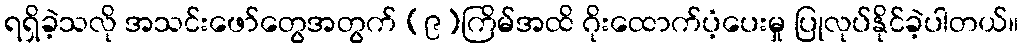
ရရှိခဲ့သလို အသင်းဖော်တွေအတွက် (၉)ကြိမ်အထိ ဂိုးထောက်ပံ့ပေးမှု ပြုလုပ်နိုင်ခဲ့ပါတယ်။